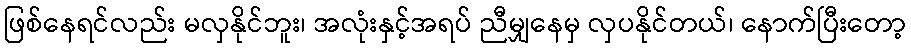
ဖြစ်နေရင်လည်း မလှနိုင်ဘူး၊ အလုံးနှင့်အရပ် ညီမျှနေမှ လှပနိုင်တယ်၊ နောက်ပြီးတော့